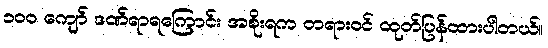
၁၀၀ ကျော် ဒဏ်ရာရကြောင်း အစိုးရက တရားဝင် ထုတ်ပြန်ထားပါတယ်။